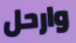
وارحل